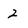
Character: 2